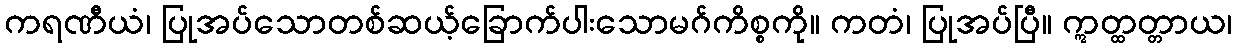
ကရဏီယံ၊ ပြုအပ်သောတစ်ဆယ့်ခြောက်ပါးသောမဂ်ကိစ္စကို။ ကတံ၊ ပြုအပ်ပြီ။ ဣတ္ထတ္တာယ၊